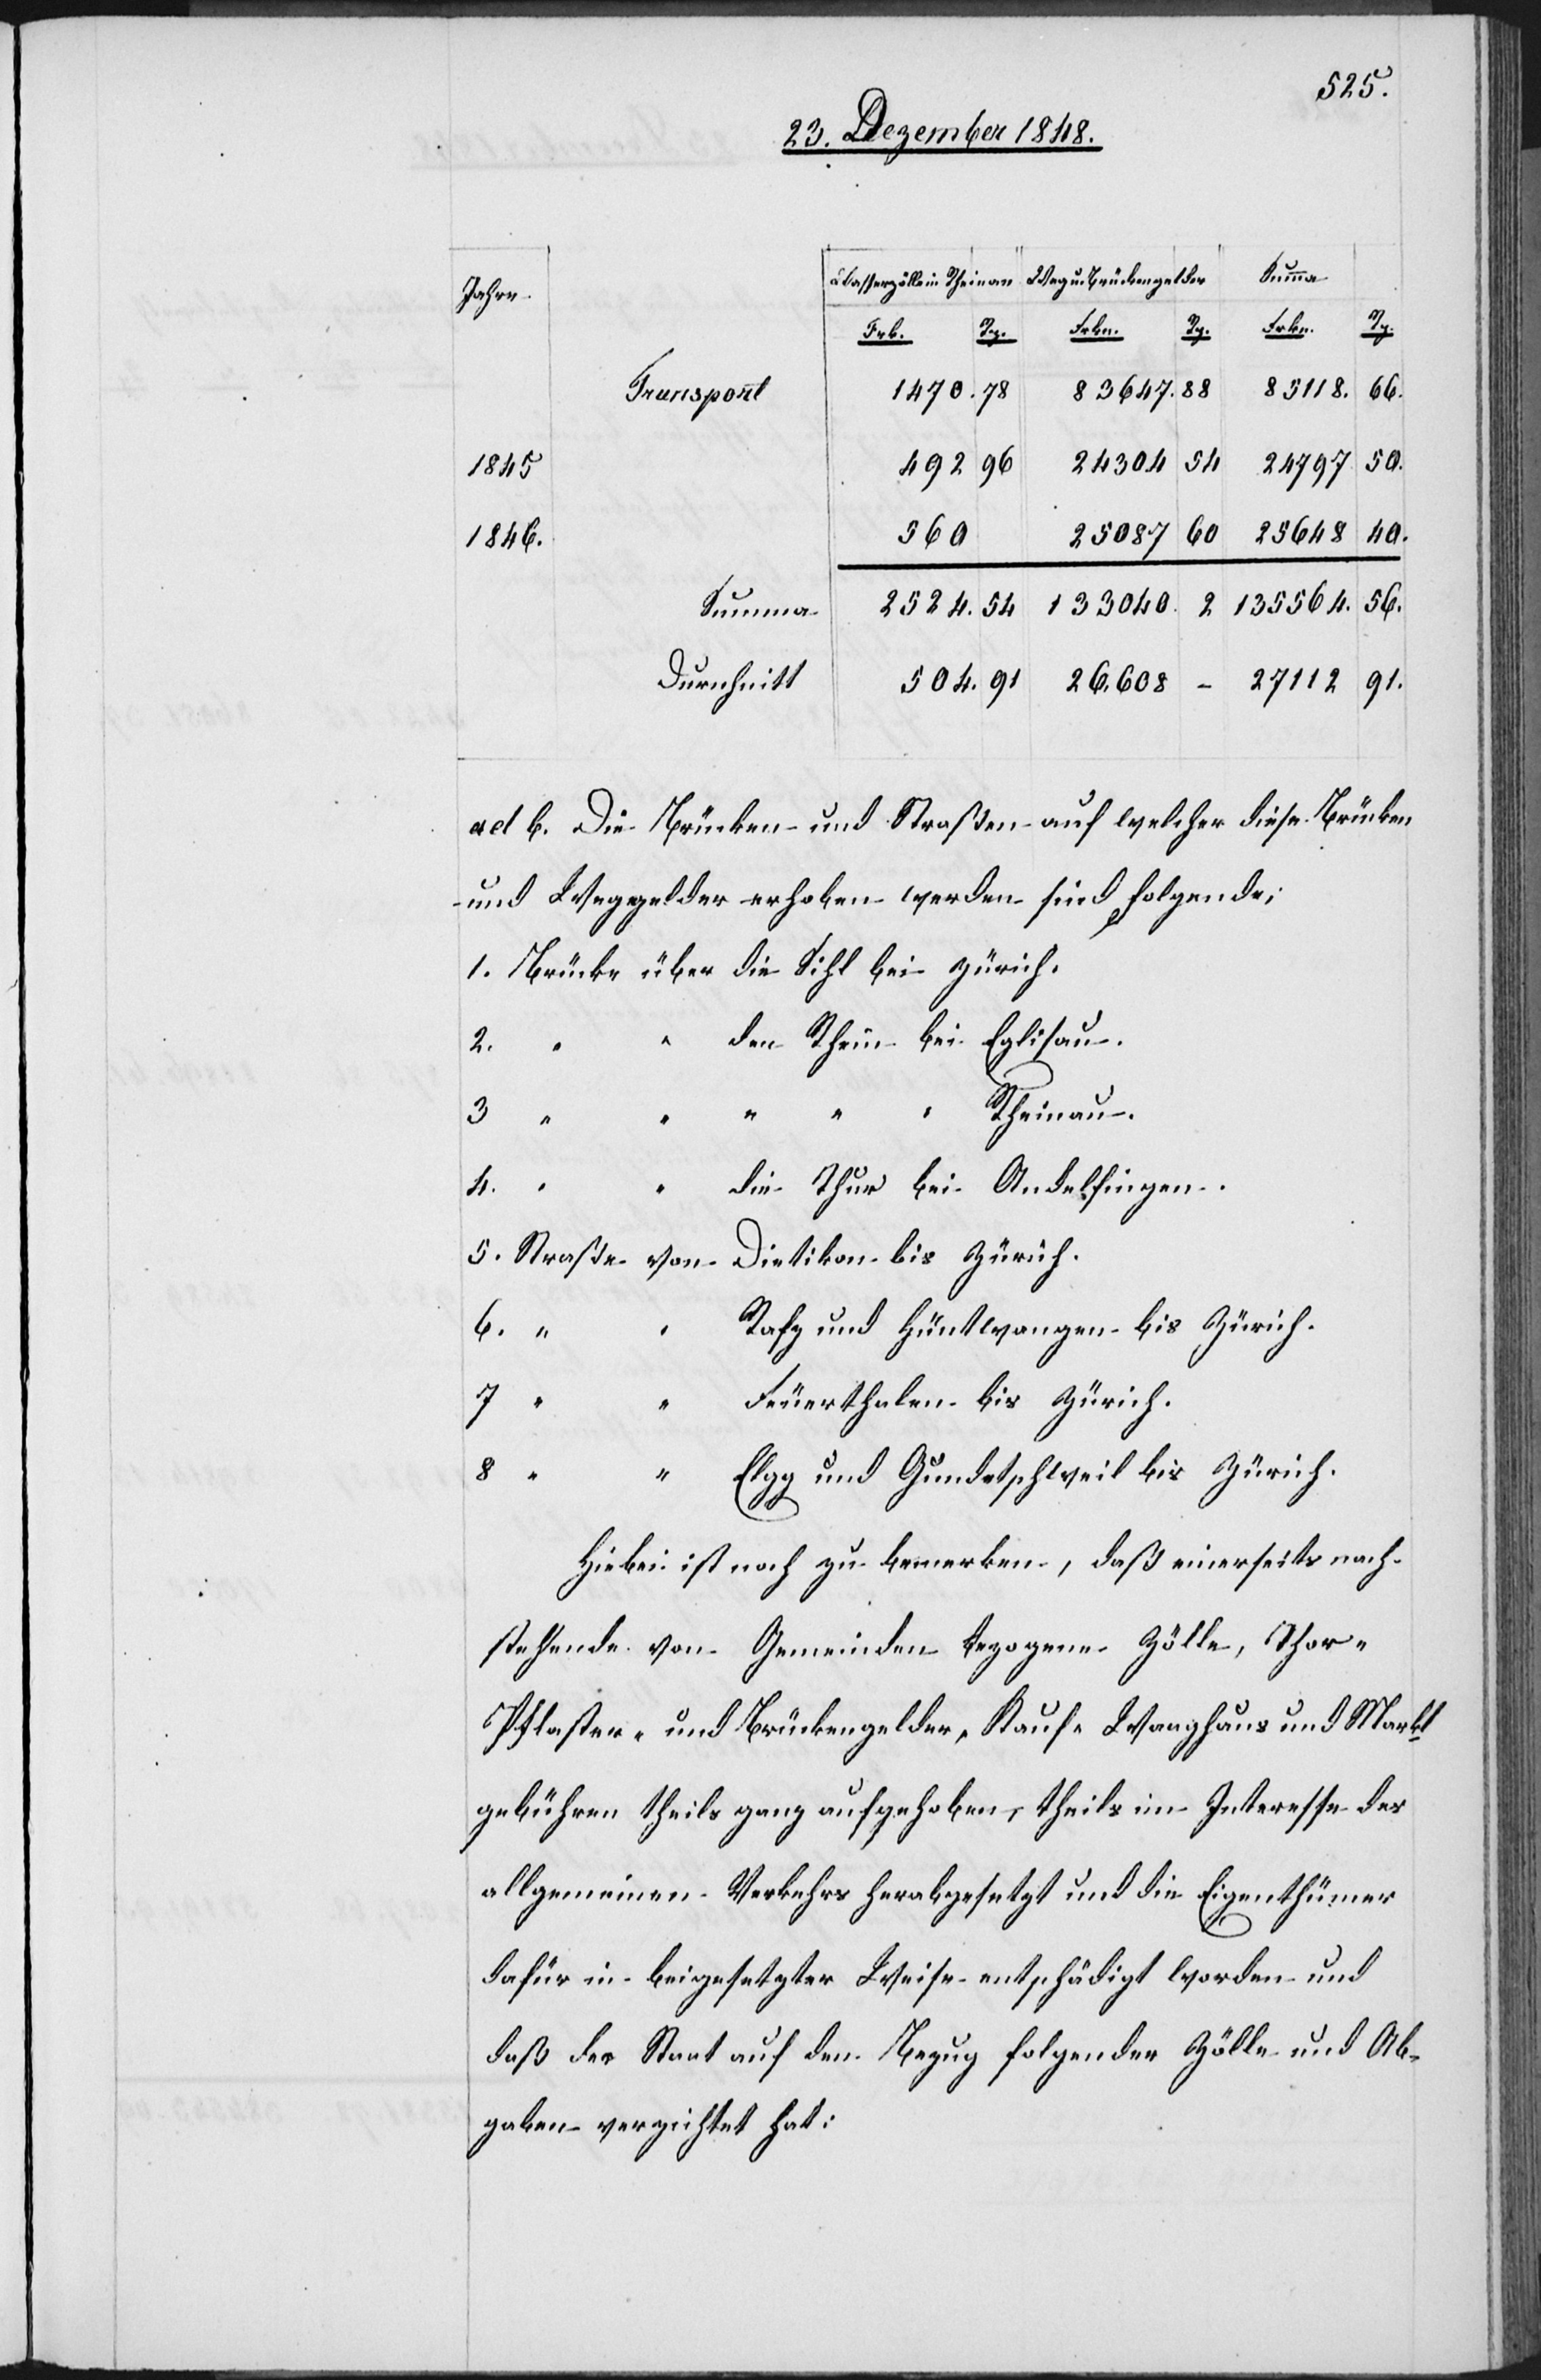
Summa
3.
“
Rhei¬
nau.
504.
24 797
1845
40.
608
560
25 087
1846.
56.
133 040.
Durchschnitt
91.
ad b. Die Brücken und Straßen auf welcher diese Brücken[-]
und Weggelder erhoben werden sind Folgende:
1. Brücke über die Sihl bei Zürich.
“ “ den Rhein bei Eglisau.
4.
die Thur bei Andelfingen.
5. Straße von Dietikon bis Zürich.
Rafz und Hüntwangen bis Zürich.
6. “
“ Feuerthalen bis Zürich.
8.
Elgg und Gundetschweil bis Zürich.
Hiebei ist noch zu bemerken, daß einerseits nach¬
stehende von Gemeinden bezogene Zölle, Thor-[,]
Pflaster- und Brückengelder, Kauf-[,] Waaghaus und Markt¬
gebühren theils ganz aufgehoben, theils im Interesse des
allgemeinen Verkehrs herabgesetzt und die Eigenthümer
dafür in beigesetzte Weise entschädigt worden und
daß der Staat auf den Bezug folgender Zölle und Ab¬
gaben verzichtet hat: